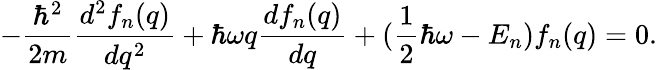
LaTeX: -\frac{\hbar^{2}}{2m}\frac{d^{2}f_{n}(q)}{dq^{2}}+\hbar\omega q\frac{df_{n}(q)}{dq}+(\frac{1}{2}\hbar\omega-E_{n})f_{n}(q)=0.